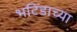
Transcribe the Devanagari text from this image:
भटिंडाच्या